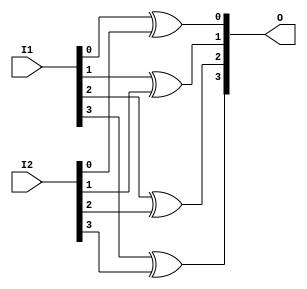
module pvs_xor (I1,I2,O); // 4 bit xor gate
  input[3:0] I1,I2;
  output[3:0] O;
  xor M1 (O[0],I1[0],I2[0]);
  xor M2 (O[1],I1[1],I2[1]);
  xor M3 (O[2],I1[2],I2[2]);
  xor M4 (O[3],I1[3],I2[3]);
endmodule